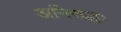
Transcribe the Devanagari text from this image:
अनिरुद्धः